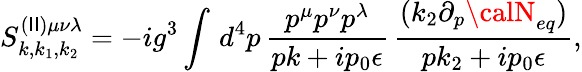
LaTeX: S_{k,k_{1},k_{2}}^{(\mathsf{I}\mathsf{I})\mu\nu\lambda}=-ig^{3}\int\, d^{4}p\, \frac{{p^{\mu}p^{\nu}p^{\lambda}}}{{pk+ip_{0}\epsilon}}\, \frac{{(k_{2}\partial_{p}{\calN}_{eq})}}{{pk_{2}+ip_{0}\epsilon}},